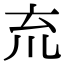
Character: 㐬